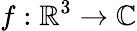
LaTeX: f:\mathbb{R}^{3}\to\mathbb{C}